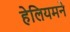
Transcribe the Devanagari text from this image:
हेलियमने